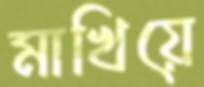
মাখিয়ে